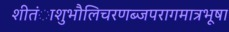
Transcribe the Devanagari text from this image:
शीतंाशुभौलिचरणब्जपरागमात्रभूषा